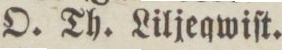
O. Th. Liljeqwiſt.